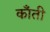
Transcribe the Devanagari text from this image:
कॉँती